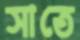
সাতে